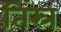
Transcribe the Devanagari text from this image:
तिस्र